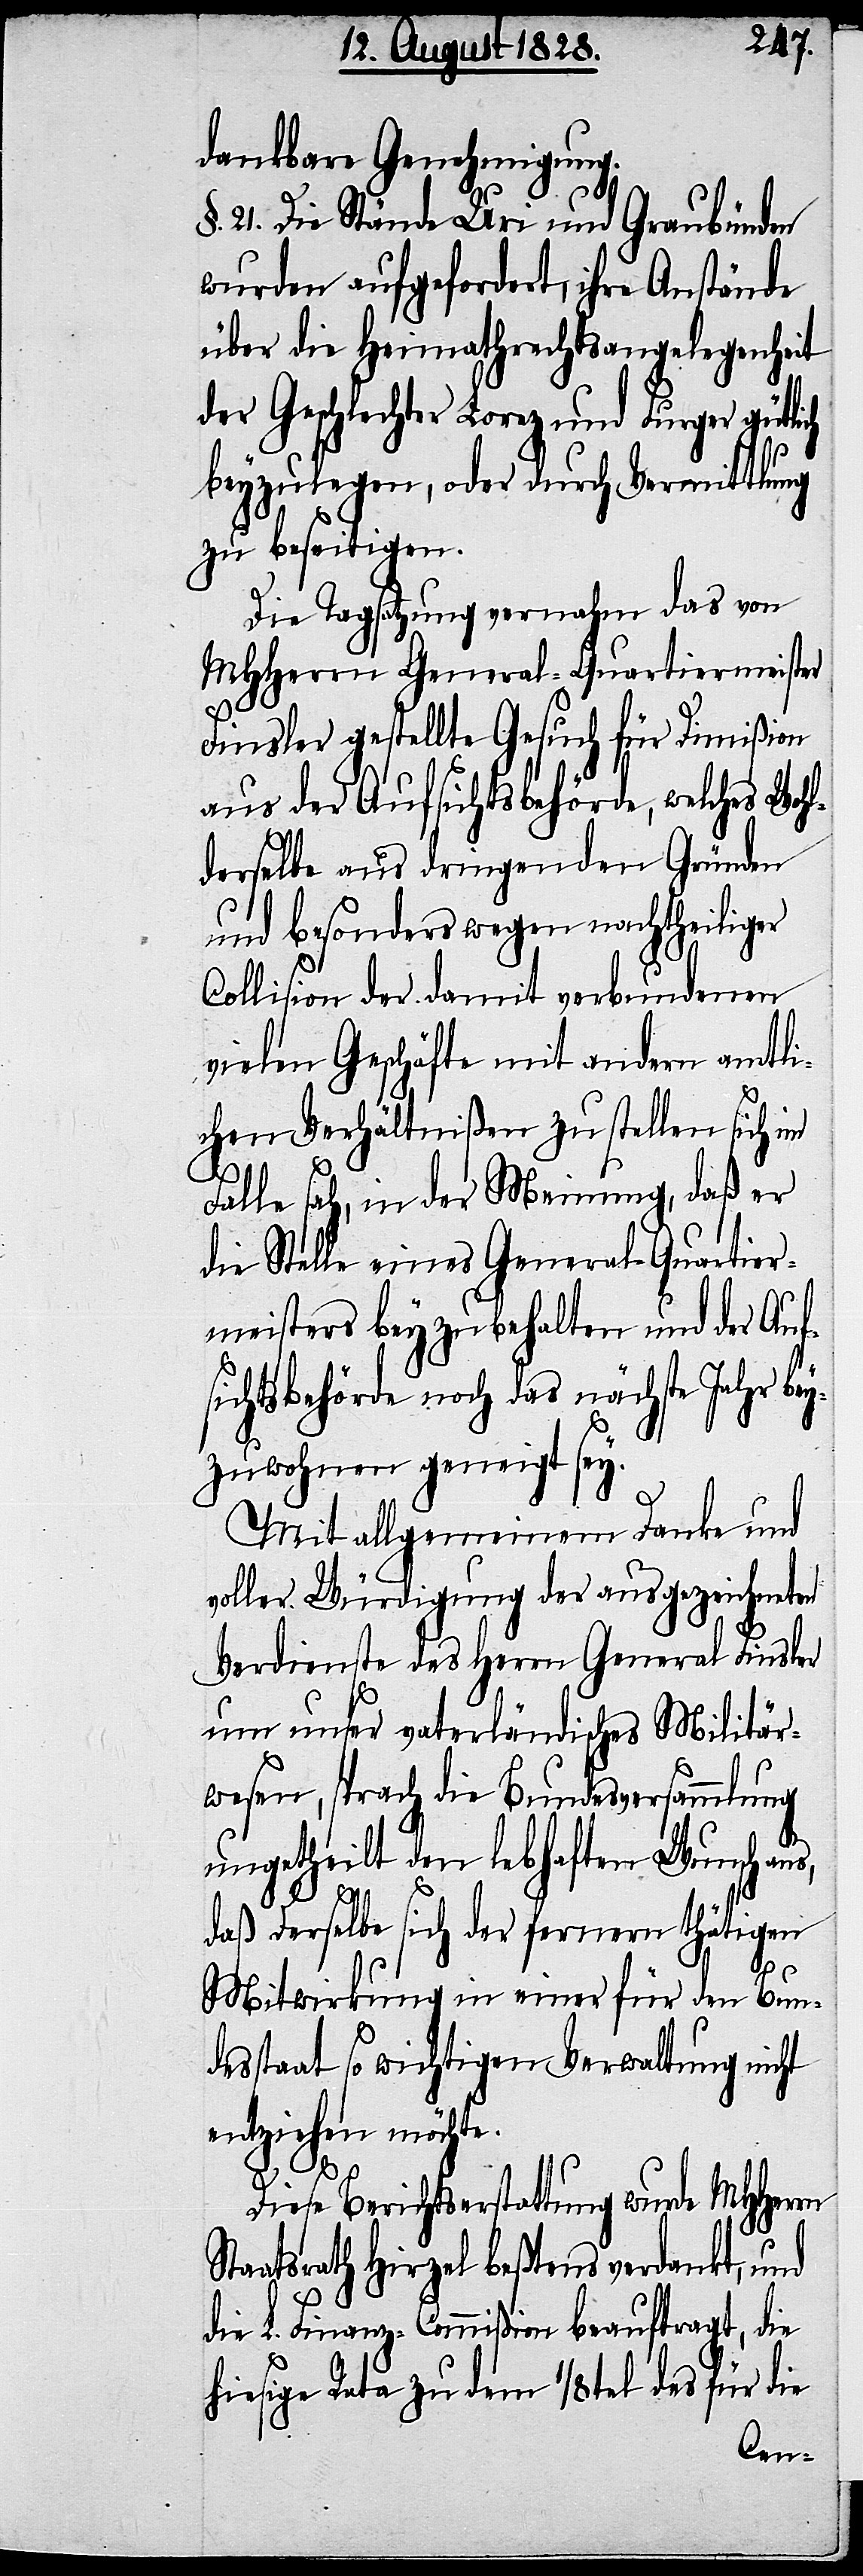
dankbare Genehmigung.
§. 21. Die Stände Uri und Graubünden
wurden aufgefordert, ihre Anstände
über die Heimathrechtsangelegenheit
der Geschlechter Lorez und Furger gütli¬
beyzulegen, oder durch Vermittlung
zu beseitigen.
Die Tagsatzung vernahm das von
MHHerrn General-Quartiermeister
ch
Finsler gestellte Gesuch für Dimißion
aus der Aufsichtsbehörde, welches Woh¬
lderselbe aus dringenden Gründen
und besonders wegen nachtheiliger
Collision der damit verbundenen
vielen Geschäfte mit andern amtli¬
chen Verhältnißen zu stellen sich im
Falle sah, in der Meinung, daß er
die Stelle eines General-Quartier¬
meisters beyzubehalten und der Auf¬
sichtsbehörde noch das nächste Jahr bey¬
zuwohnen geneigt sey.
Mit allgemeinem Danke und
voller Würdigung der ausgezeichneten
Verdienste des Herrn General Finsler
um unser vaterländisches Militär¬
wesen, sprach die Bundesversammlung
ungetheilt den lebhaften Wunsch aus,
daß derselbe sich der fernern thätigen
Mitwirkung in einer für den Bunde¬
sstaats so wichtigen Verwaltung nicht
entziehen möchte.
S¬
Diese Berichtserstattung wurde MHHerrn
taatsrath Hirzel beßtens verdankt, und
die L. Finanz-Commißion beauftragt, die
hiesige Rata zu dem 1/8tel des für die